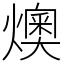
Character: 燠